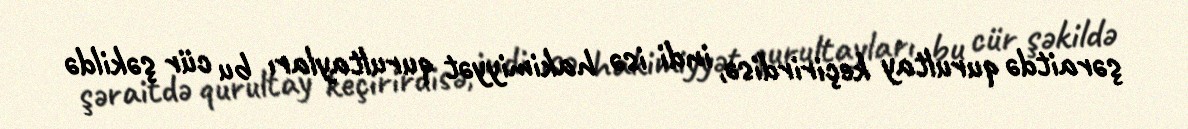
şəraitdə qurultay keçirirdisə, indi isə hakimiyyət qurultayları bu cür şəkildə